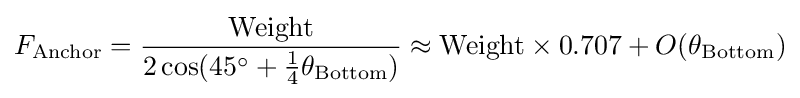
F_{\mathrm {Anchor} }={\frac {\mathrm {Weight} }{2\cos(45^{\circ }+{\frac {1}{4}}{\theta _{\mathrm {Bottom} }})}}\approx \mathrm {Weight} \times 0.707+O(\theta _{\mathrm {Bottom} })